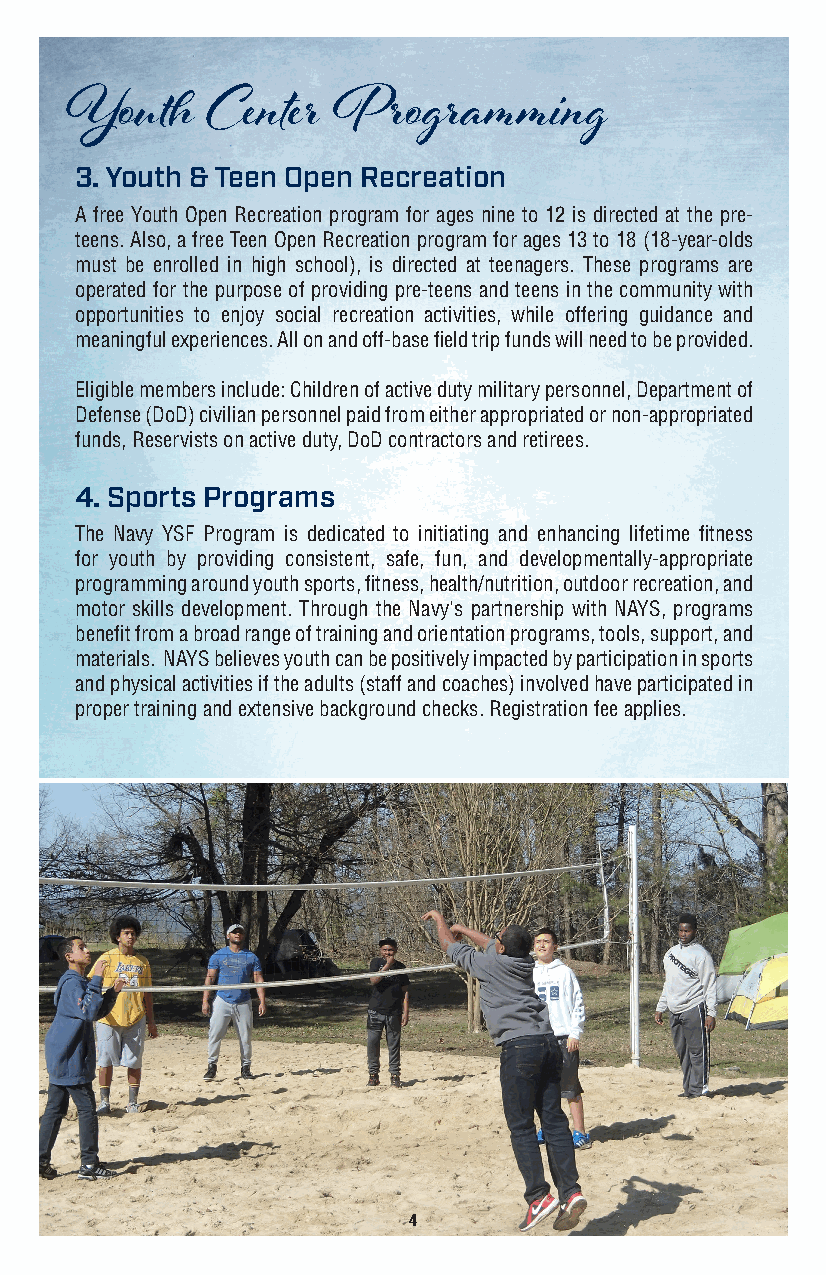
Youth     Center  Programming
 3. Youth & Teen Open Recreation
 A free Youth Open Recreation program for ages nine to 12 is directed at the pre-
 teens. Also, a free Teen Open Recreation program for ages 13 to 18 (18-year-olds
 must be enrolled in high school), is directed at teenagers. These programs are
 operated for the purpose of providing pre-teens and teens in the community with
 opportunities to enjoy social recreation activities, while offering guidance and
 meaningful experiences. All on and off-base field trip funds will need to be provided.
 Eligible members include: Children of active duty military personnel, Department of
 Defense (DoD) civilian personnel paid from either appropriated or non-appropriated
 funds, Reservists on active duty, DoD contractors and retirees.
 4. Sports Programs
 The Navy YSF Program is dedicated to initiating and enhancing lifetime fitness
 for youth by providing consistent, safe, fun, and developmentally-appropriate
 programming around youth sports, fitness, health/nutrition, outdoor recreation, and
 motor skills development. Through the Navy's partnership with NAYS, programs
 benefit from a broad range of training and orientation programs, tools, support, and
 materials. NAYS believes youth can be positively impacted by participation in sports
 and physical activities if the adults (staff and coaches) involved have participated in
 proper training and extensive background checks. Registration fee applies.
 4